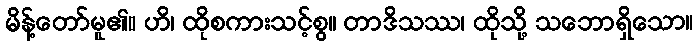
မိန့်တော်မူ၏။ ဟိ၊ ထိုစကားသင့်စွ။ တာဒိသဿ၊ ထိုသို့ သဘောရှိသော။